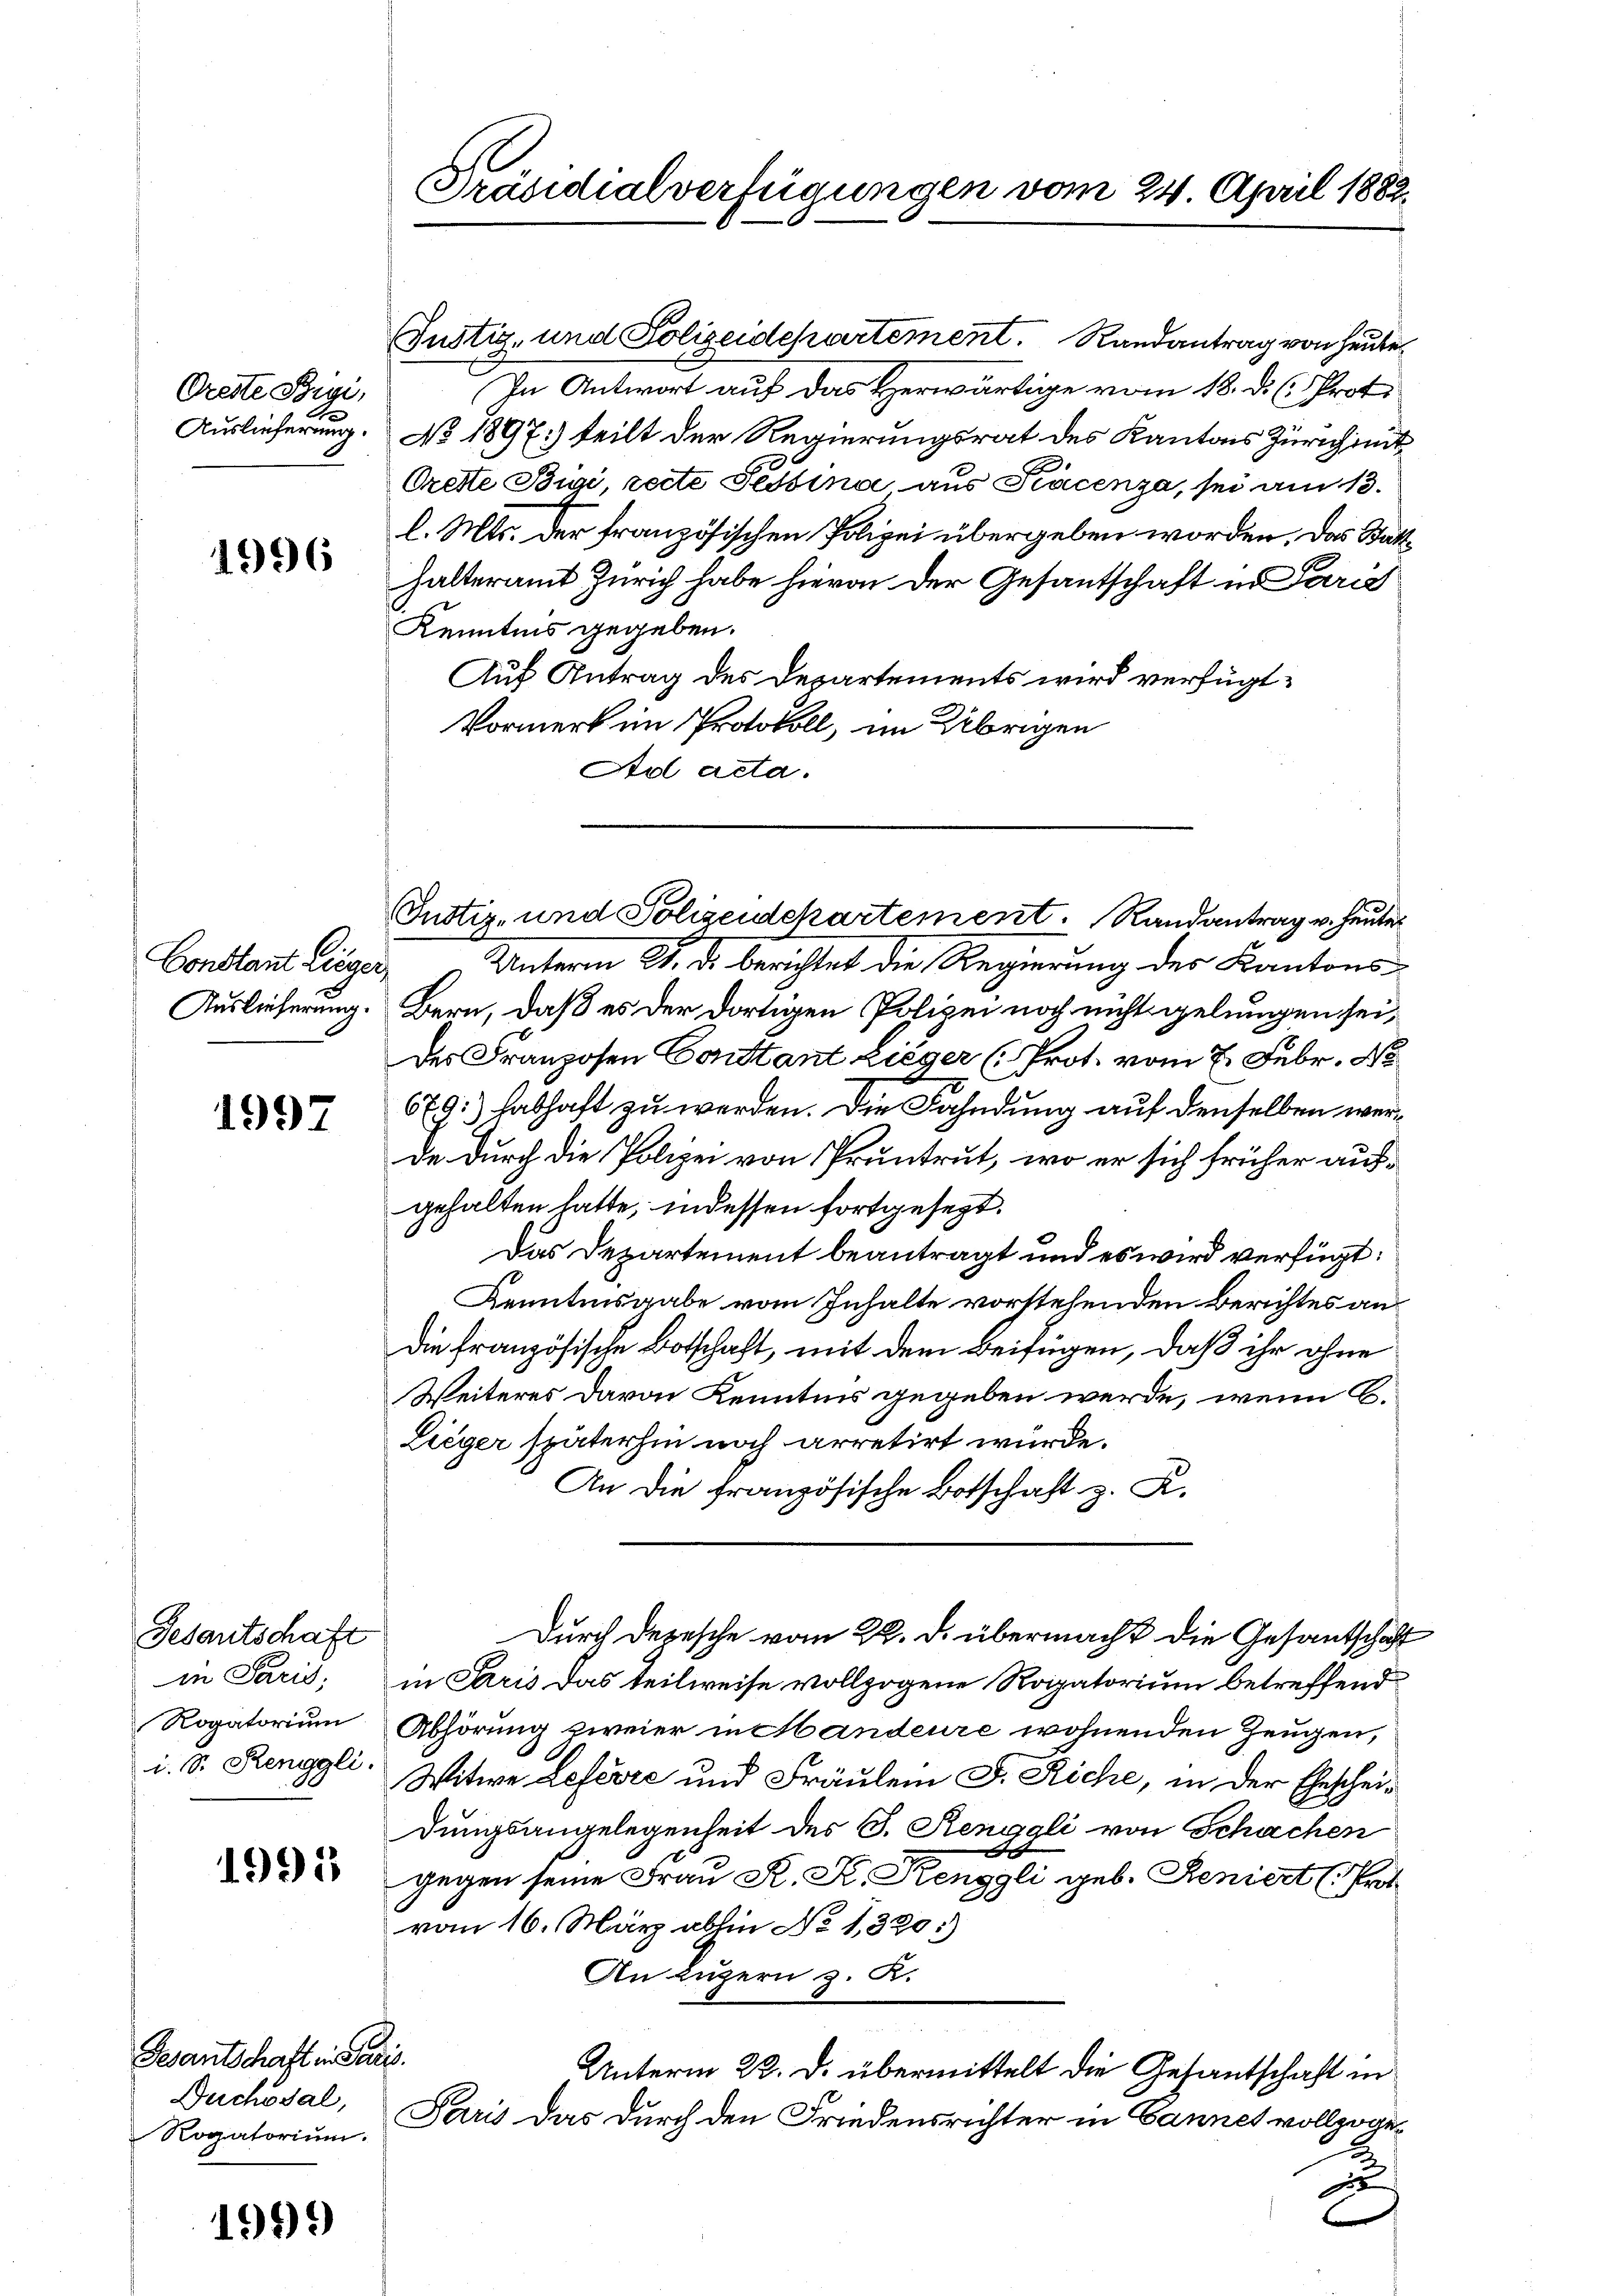
Oreste Rigi,
Auslieferung.

1996

Constant Lieger,

1997

Gesantschaft
in Paris;

1991

Gesantschaft in Paris.
Duchssal,
Rogatorium.

1995

Präsidialverfügungen vom 24. April 1882.

Justiz- und Polizeidepartement. Randantrag von heute
In Antwort auf das Herwärtige vom 18. d. h. Prot.
No 1897.) teilt der Regierungsrat des Kantons Zürich mit
Orette Bigi, recte Sessina aus Präcenza, sei am 13.
l. Mts. der französischen Polizei übergeben worden. Das Statthalteramt Zürich habe hievon der Gesantschaft in Paris
Kenntnis gegeben.
Auf Antrag des Departements wird verfügt:
Vormerk im Protokoll, im Übrigen
Ad acta.

Unterm 21. d. berichtet die Regierung der Kantons-
Auslieferung. Bern, daß es der dortigen Polizei noch nicht gelungen sei,
des Franzosen Constant Lieger (Prot. vom 7. Febr. No
679:) habhaft zu werden. Die Fahndung auf denselben werde durch die Polizei von Pruntrut, wo er sich früher aufgehalten hatte, indessen fortgesezt.
Das Departement beantragt und es wird verfügt:
Kenntnisgabe vom Inhalte vorstehenden Berichtes an¬
Die französische Botschaft, mit dem Beifügen, daß ihr ohne
Weiteres davon Kenntnis gegeben werde, wenn C.
Lieger späterhin noch arretirt würde.
An die französische Botschaft z. R.
Durch dersche vom 22. d. übermacht die Gesandtschaft
in Paris das teilweise vollzogene Rogatorium betreffend
Rogatorium Abhörung zweier in Handeure wohnenden Zeugen,
i. d. Renggli. Witwe Lesević und Fräulein F. Riche, in der Ehescheidungsangelegenheit des S. Renggli von Schachen
gegen seine Frau K. K. Renggli geb. Reniert (Prot
vom 16. März abhin No 1330:)
An Luzern z. K.
Unterm 22. d. übermittelt die Gesantschaft in
Paris das durch den Friedensrichter in Cannes vollzoge¬
2
x

Justiz- und Polizeidekartement. Randantrag v. heute